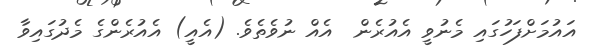
އައުމަށްފަހުގައި މެނުވީ އެއުރެން  އެއް ނުވެތެވެ. (އެއީ) އެއުރެންގެ މެދުގައިވާ